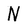
Character: N